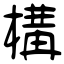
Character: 構